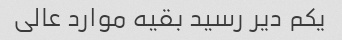
یکم دیر رسید بقیه موارد عالی